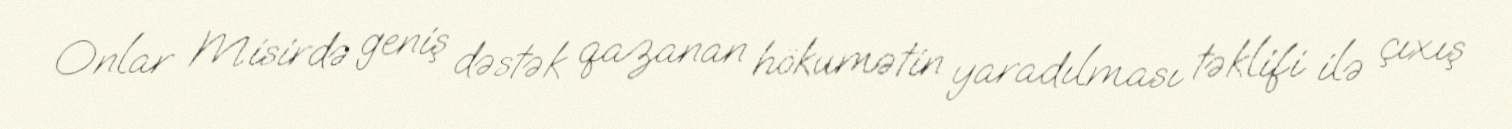
Onlar Misirdə geniş dəstək qazanan hökumətin yaradılması təklifi ilə çıxış